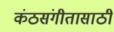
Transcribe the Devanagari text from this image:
कंठसंगीतासाठी